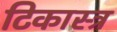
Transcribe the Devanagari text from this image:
टिकास्त्र